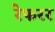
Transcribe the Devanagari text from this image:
रेफरर